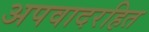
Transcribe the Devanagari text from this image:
अपवादरहित